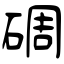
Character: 碉